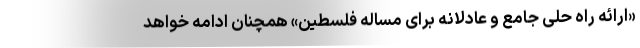
«ارائه راه حلی جامع و عادلانه برای مسأله فلسطین» همچنان ادامه خواهد